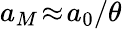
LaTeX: a_{M}\! \approx\! a_{0}/\theta